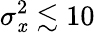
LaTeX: \sigma_{\mathit{x}}^{2}\lesssim10